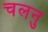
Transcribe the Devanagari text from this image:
चलनु